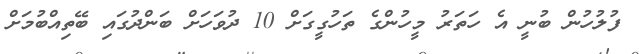
ފުލުހުން ބުނީ އެ ހަތަރު މީހުންގެ ތަހުގީގަށް 10 ދުވަހަށް ބަންދުގައި ބޭތިއްބުމަށް